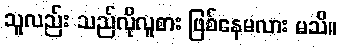
သူလည်း သည်လိုလူစား ဖြစ်နေမလား မသိ။